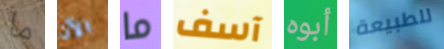
ما الآن ما آسف أبوه للطبيعة